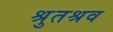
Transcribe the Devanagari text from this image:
श्रुतश्रव